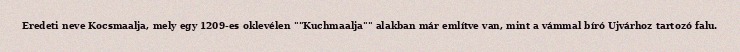
Eredeti neve Kocsmaalja, mely egy 1209-es oklevélen ""Kuchmaalja"" alakban már említve van, mint a vámmal bíró Ujvárhoz tartozó falu.